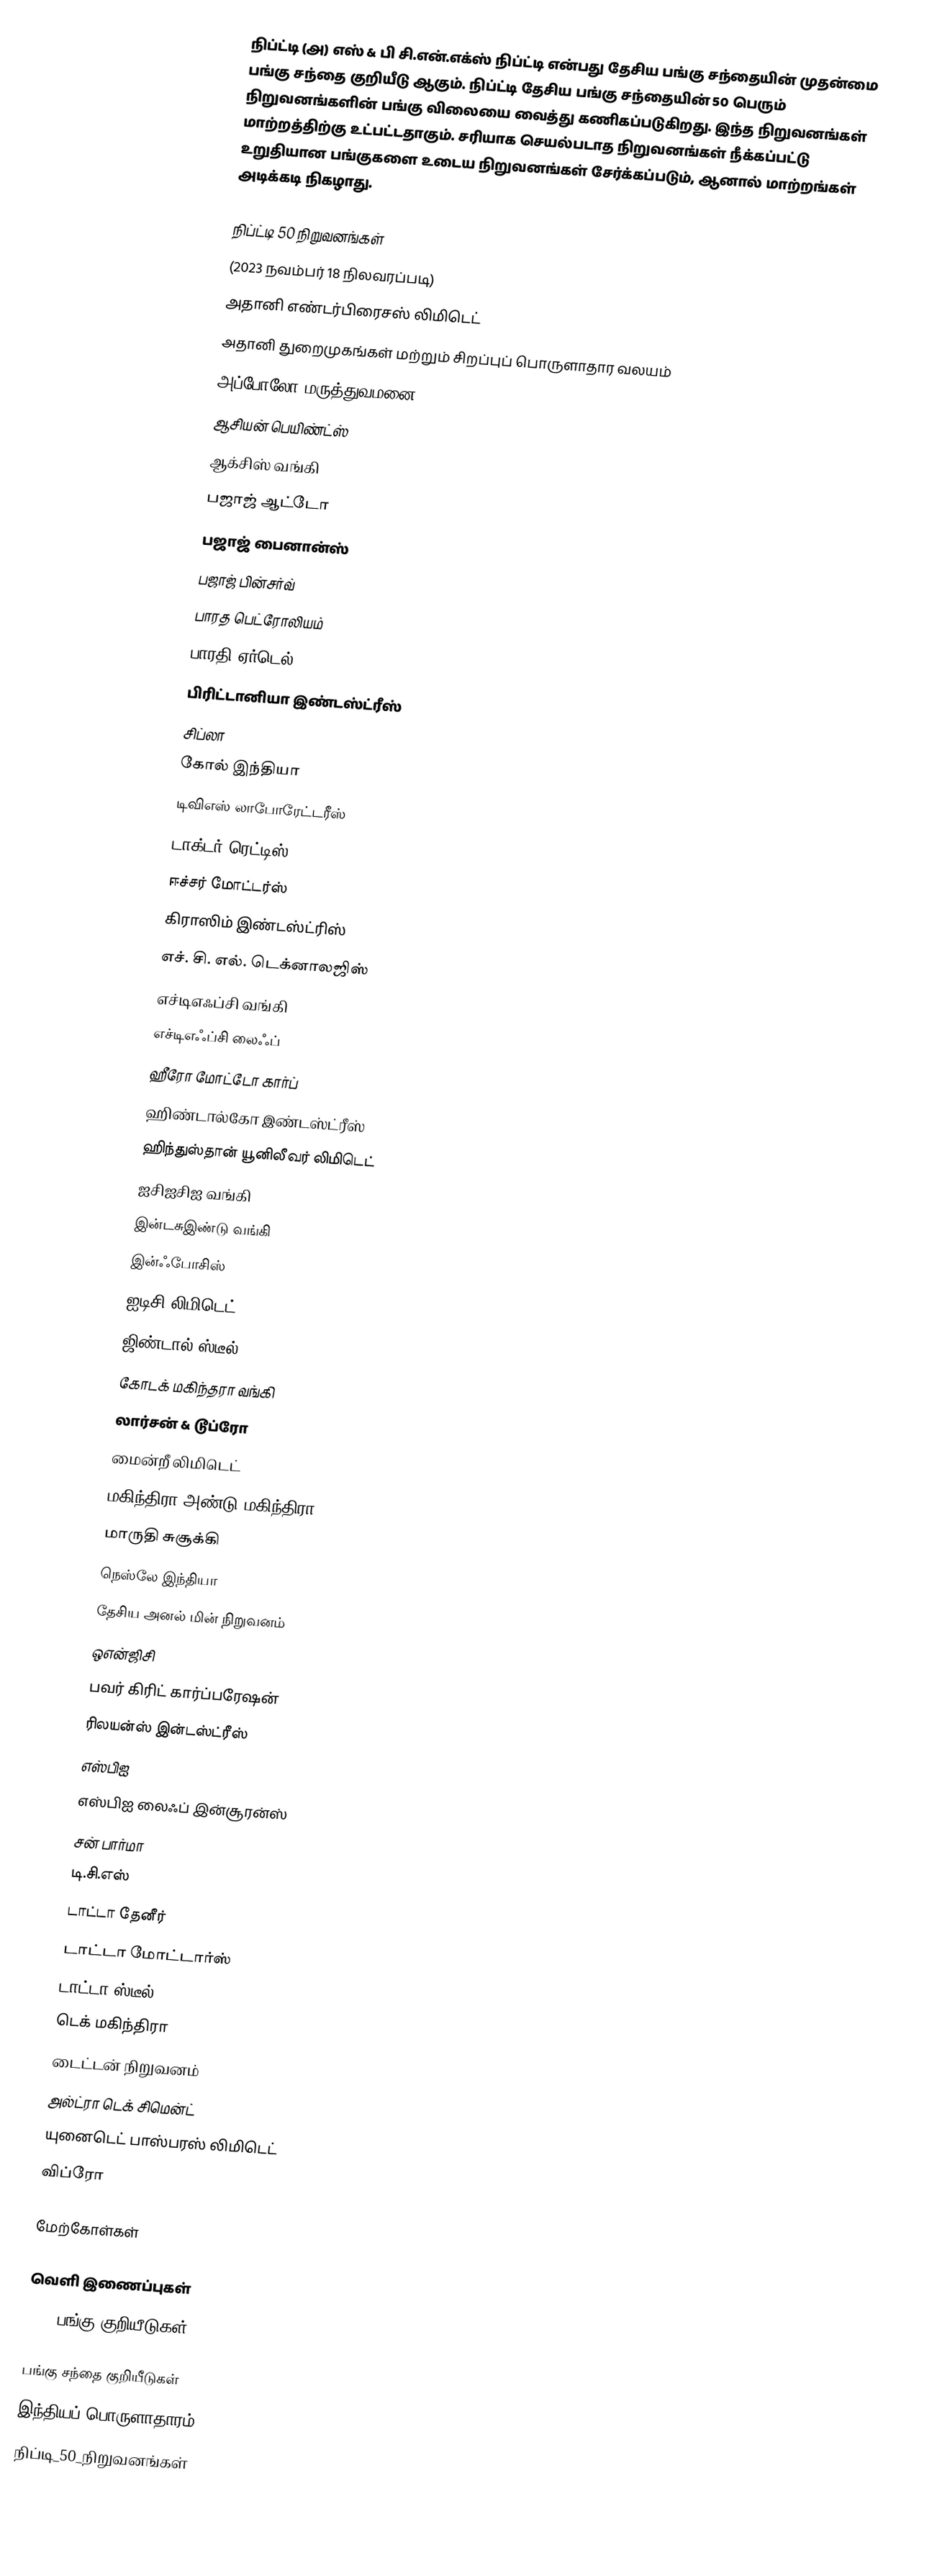
நிப்ட்டி (அ) எஸ் & பி சி.என்.எக்ஸ் நிப்ட்டி என்பது தேசிய பங்கு சந்தையின் முதன்மை பங்கு சந்தை குறியீடு ஆகும். நிப்ட்டி  தேசிய பங்கு சந்தையின் 50 பெரும் நிறுவனங்களின் பங்கு விலையை வைத்து கணிகப்படுகிறது. இந்த நிறுவனங்கள் மாற்றத்திற்கு உட்பட்டதாகும். சரியாக செயல்படாத நிறுவனங்கள் நீக்கப்பட்டு உறுதியான பங்குகளை உடைய நிறுவனங்கள் சேர்க்கப்படும், ஆனால் மாற்றங்கள் அடிக்கடி நிகழாது.

நிப்ட்டி 50  நிறுவனங்கள்
(2023 நவம்பர் 18 நிலவரப்படி)
அதானி எண்டர்பிரைசஸ் லிமிடெட்
அதானி துறைமுகங்கள் மற்றும் சிறப்புப் பொருளாதார வலயம்
அப்போலோ மருத்துவமனை
ஆசியன் பெயிண்ட்ஸ்
ஆக்சிஸ் வங்கி
பஜாஜ் ஆட்டோ
பஜாஜ் பைனான்ஸ்
பஜாஜ் பின்சர்வ்
பாரத பெட்ரோலியம்
பாரதி ஏர்டெல்
பிரிட்டானியா இண்டஸ்ட்ரீஸ்
சிப்லா
கோல் இந்தியா
டிவிஎஸ் லாபோரேட்டரீஸ்
டாக்டர் ரெட்டிஸ்
ஈச்சர் மோட்டர்ஸ்
கிராஸிம் இண்டஸ்ட்ரிஸ்
எச். சி. எல். டெக்னாலஜிஸ்
எச்டிஎஃப்சி வங்கி
எச்டிஎஃப்சி லைஃப்
ஹீரோ மோட்டோ கார்ப்
ஹிண்டால்கோ இண்டஸ்ட்ரீஸ்
ஹிந்துஸ்தான் யூனிலீவர் லிமிடெட்
ஐசிஐசிஐ வங்கி
இன்டசுஇண்டு வங்கி
இன்ஃபோசிஸ்
ஐடிசி லிமிடெட்
ஜிண்டால் ஸ்டீல்
கோடக் மகிந்தரா வங்கி
லார்சன் & டூப்ரோ
மைன்றீ லிமிடெட்
மகிந்திரா அண்டு மகிந்திரா
மாருதி சுசூக்கி
நெஸ்லே இந்தியா
தேசிய அனல் மின் நிறுவனம்
ஒஎன்ஜிசி
பவர் கிரிட் கார்ப்பரேஷன்
ரிலயன்ஸ் இன்டஸ்ட்ரீஸ்
எஸ்பிஐ
எஸ்பிஐ லைஃப் இன்சூரன்ஸ்
சன் பார்மா
டி.சி.எஸ்
டாட்டா தேனீர்
டாட்டா மோட்டார்ஸ்
டாட்டா ஸ்டீல்
டெக் மகிந்திரா
டைட்டன் நிறுவனம்
அல்ட்ரா டெக் சிமென்ட்
யுனைடெட் பாஸ்பரஸ் லிமிடெட்
விப்ரோ

மேற்கோள்கள்

வெளி இணைப்புகள்
IISL பங்கு குறியீடுகள்

பங்கு சந்தை குறியீடுகள்
இந்தியப் பொருளாதாரம்
நிப்டி_50_நிறுவனங்கள்